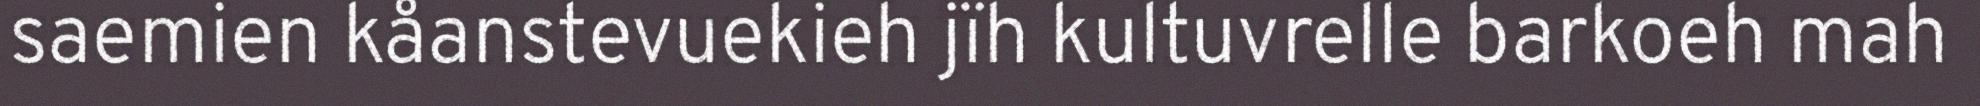
saemien kåanstevuekieh jïh kultuvrelle barkoeh mah